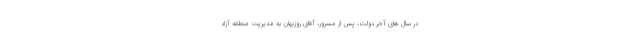
در سال های آخر دولت، پس از مسرور، آقای روزبهان به مدیریت منطقه آزاد